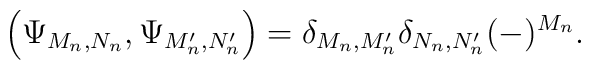
\left(\Psi_{M_n,N_n},\Psi_{M'_n,N'_n}\right)=\delta_{M_n,M'_n}\delta_{N_n,N'_n}(-)^{M_n} .